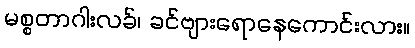
မစ္စတာဂါးလခ်၊ ခင်ဗျားရောနေကောင်းလား။